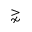
\gnsim